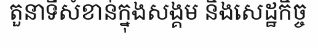
តួនាទីសំខាន់ក្នុងសង្គម និងសេដ្ឋកិច្ច